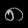
Digit: ၈